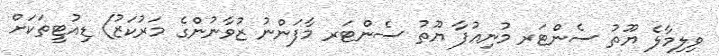
ވިލިމާލެ ޔޫތު ސެންޓަރ މުނިއުފާ ޔޫތު ސެންޓަރ މާފަންނު ޒުވާނުންގެ މަރުކަޒު) ޑިއުޓީތަކަށް